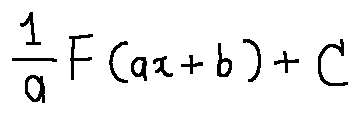
\frac { 1 } { a } F ( a x + b ) + C